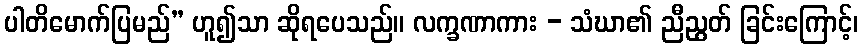
ပါတိမောက်ပြမည်” ဟူ၍သာ ဆိုရပေသည်။ လက္ခဏာကား - သံဃာ၏ ညီညွတ် ခြင်းကြောင့်၊